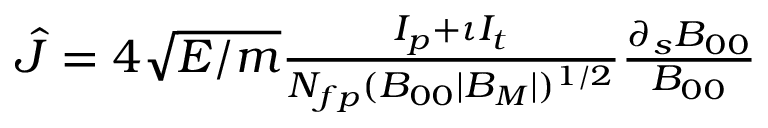
\begin{array} { r } { \hat { J } = 4 \sqrt { { \cal E } / m } \frac { I _ { p } + \iota I _ { t } } { N _ { f p } ( B _ { 0 0 } | B _ { M } | ) ^ { 1 / 2 } } \frac { \partial _ { s } B _ { 0 0 } } { B _ { 0 0 } } \, } \end{array}